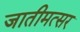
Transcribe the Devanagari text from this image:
जातीमत्सर